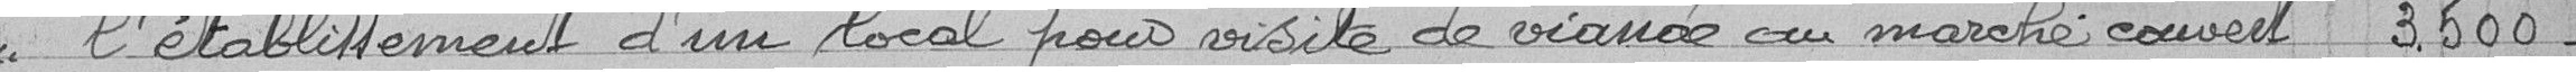
l'établissement d'un local pour visite de viande cru au marché couvert 3.500